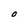
Character: O